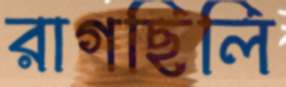
রাগছিলি